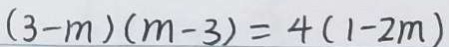
( 3 - m ) ( m - 3 ) = 4 ( 1 - 2 m )